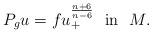
LaTeX: \begin{align*}P_g u=fu_+^{\frac{n+6}{n-6}} \hbox{~~in~~} M.\end{align*}